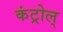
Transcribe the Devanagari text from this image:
कंट्रोल्